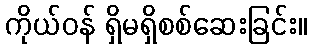
ကိုယ်ဝန် ရှိမရှိစစ်ဆေးခြင်း။